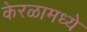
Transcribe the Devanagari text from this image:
केरळामध्ये